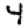
Digit: 4